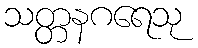
သတ္တနဂရေသု